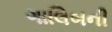
ગાલિબની